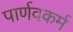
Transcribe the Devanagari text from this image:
पार्णवकर्म